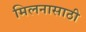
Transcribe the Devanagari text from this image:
मिलनासाठी